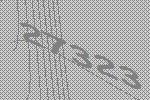
27323